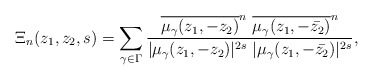
\begin{align*}\Xi_n(z_1,z_2, s)= \sum_{\gamma \in \Gamma} \frac{\overline{\mu_{\gamma}(z_1, -z_2)}^n~ \overline{\mu_{\gamma}(z_1, -\bar{z_2})}^n}{|\mu_{\gamma}(z_1, -z_2)|^{2s}~|\mu_{\gamma}(z_1, -\bar{z_2})|^{2s}}, \end{align*}